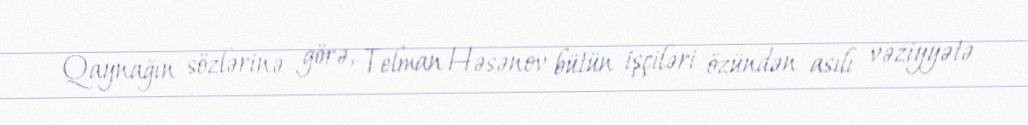
Qaynağın sözlərinə görə, Telman Həsənov bütün işçiləri özündən asılı vəziyyətə